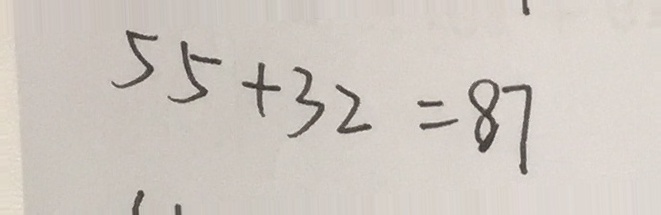
5 5 + 3 2 = 8 7